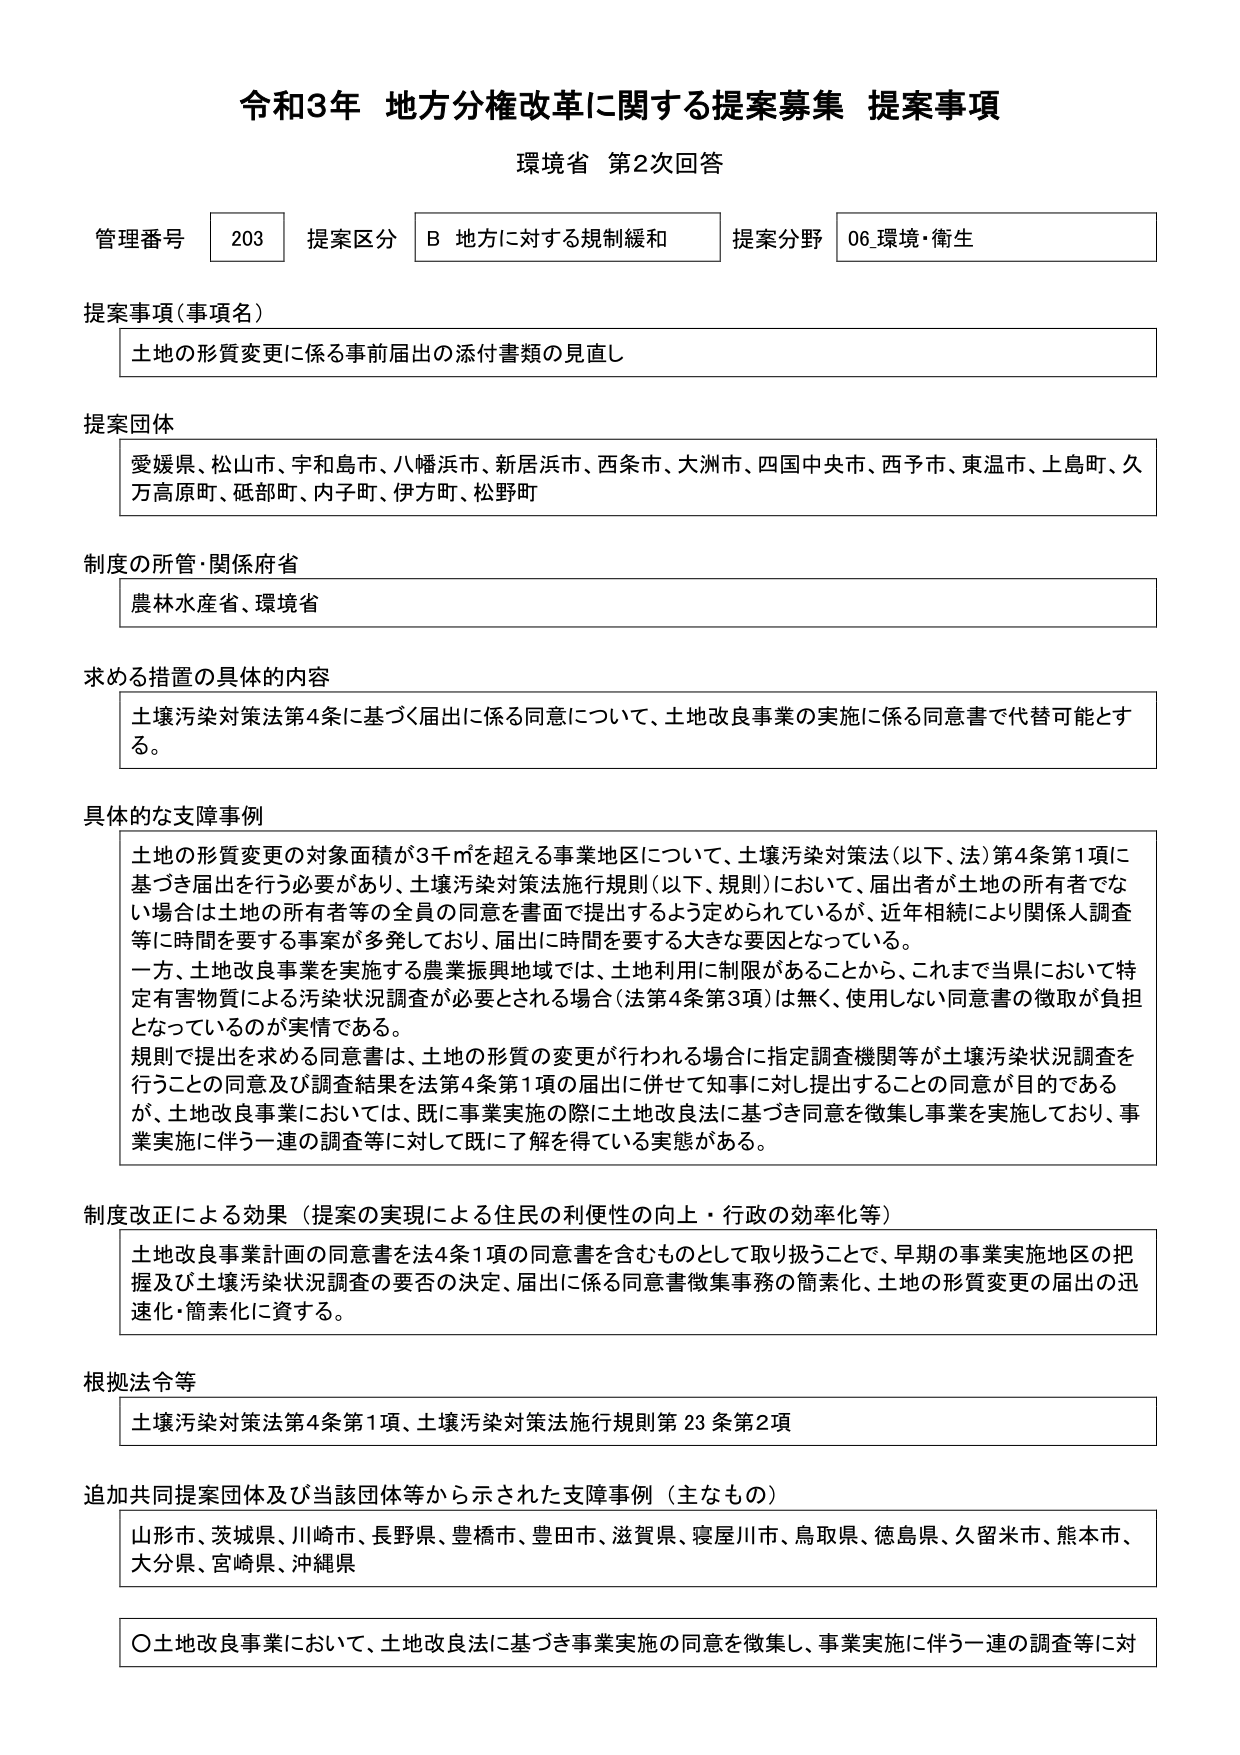
令和3年 地方分権改革に関する提案募集 提案事項
環境省 第2次回答

管理番号 203 提案区分 B 地方に対する規制緩和 提案分野 06 環境・衛生

提案事項（事項名）
土地の形質変更に係る事前届出の添付書類の見直し

提案団体
愛媛県、松山市、宇和島市、八幡浜市、新居浜市、西条市、大洲市、四国中央市、西予市、東温市、上島町、久万高原町、砥部町、内子町、伊方町、松野町

制度の所管・関係府省
農林水産省、環境省

求める措置の具体的内容
土壌汚染対策法第4条に基づく届出に係る同意について、土地改良事業の実施に係る同意書で代替可能とする。

具体的な支障事例
土地の形質変更の対象面積が3千㎡を超える事業地区について、土壌汚染対策法（以下、法）第4条第1項に基づき届出を行う必要があり、土壌汚染対策法施行規則（以下、規則）において、届出者が土地の所有者でない場合は土地の所有者等の全員の同意を書面で提出するよう定められているが、近年相続により関係人調査等に時間を要する事案が多発しており、届出に時間を要する大きな要因となっている。
一方、土地改良事業を実施する農業振興地域では、土地利用に制限があることから、これまで当県において特定有害物質による汚染状況調査が必要とされる場合（法第4条第3項）は無く、使用しない同意書の徴取が負担となっているのが実情である。
規則で提出を求める同意書は、土地の形質の変更が行われる場合に指定調査機関等が土壌汚染状況調査を行うことの同意及び調査結果を法第4条第1項の届出に併せて知事に対し提出することの同意が目的であるが、土地改良事業においては、既に事業実施の際に土地改良法に基づき同意を徴集し事業を実施しており、事業実施に伴う一連の調査等に対して既に了解を得ている実態がある。

制度改正による効果（提案の実現による住民の利便性の向上・行政の効率化等）
土地改良事業計画の同意書を法4条1項の同意書を含むものとして取り扱うことで、早期の事業実施地区の把握及び土壌汚染状況調査の要否の決定、届出に係る同意書徴集事務の簡素化、土地の形質変更の届出の迅速化・簡素化に資する。

根拠法令等
土壌汚染対策法第4条第1項、土壌汚染対策法施行規則第23条第2項

追加共同提案団体及び当該団体等から示された支障事例（主なもの）
山形市、茨城県、川崎市、長野県、豊橋市、豊田市、滋賀県、寝屋川市、鳥取県、徳島県、久留米市、熊本市、大分県、宮崎県、沖縄県

〇土地改良事業において、土地改良法に基づき事業実施の同意を徴集し、事業実施に伴う一連の調査等に対